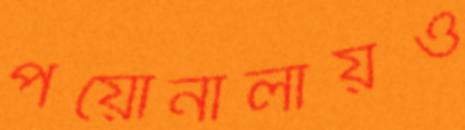
পয়োনালায়ও